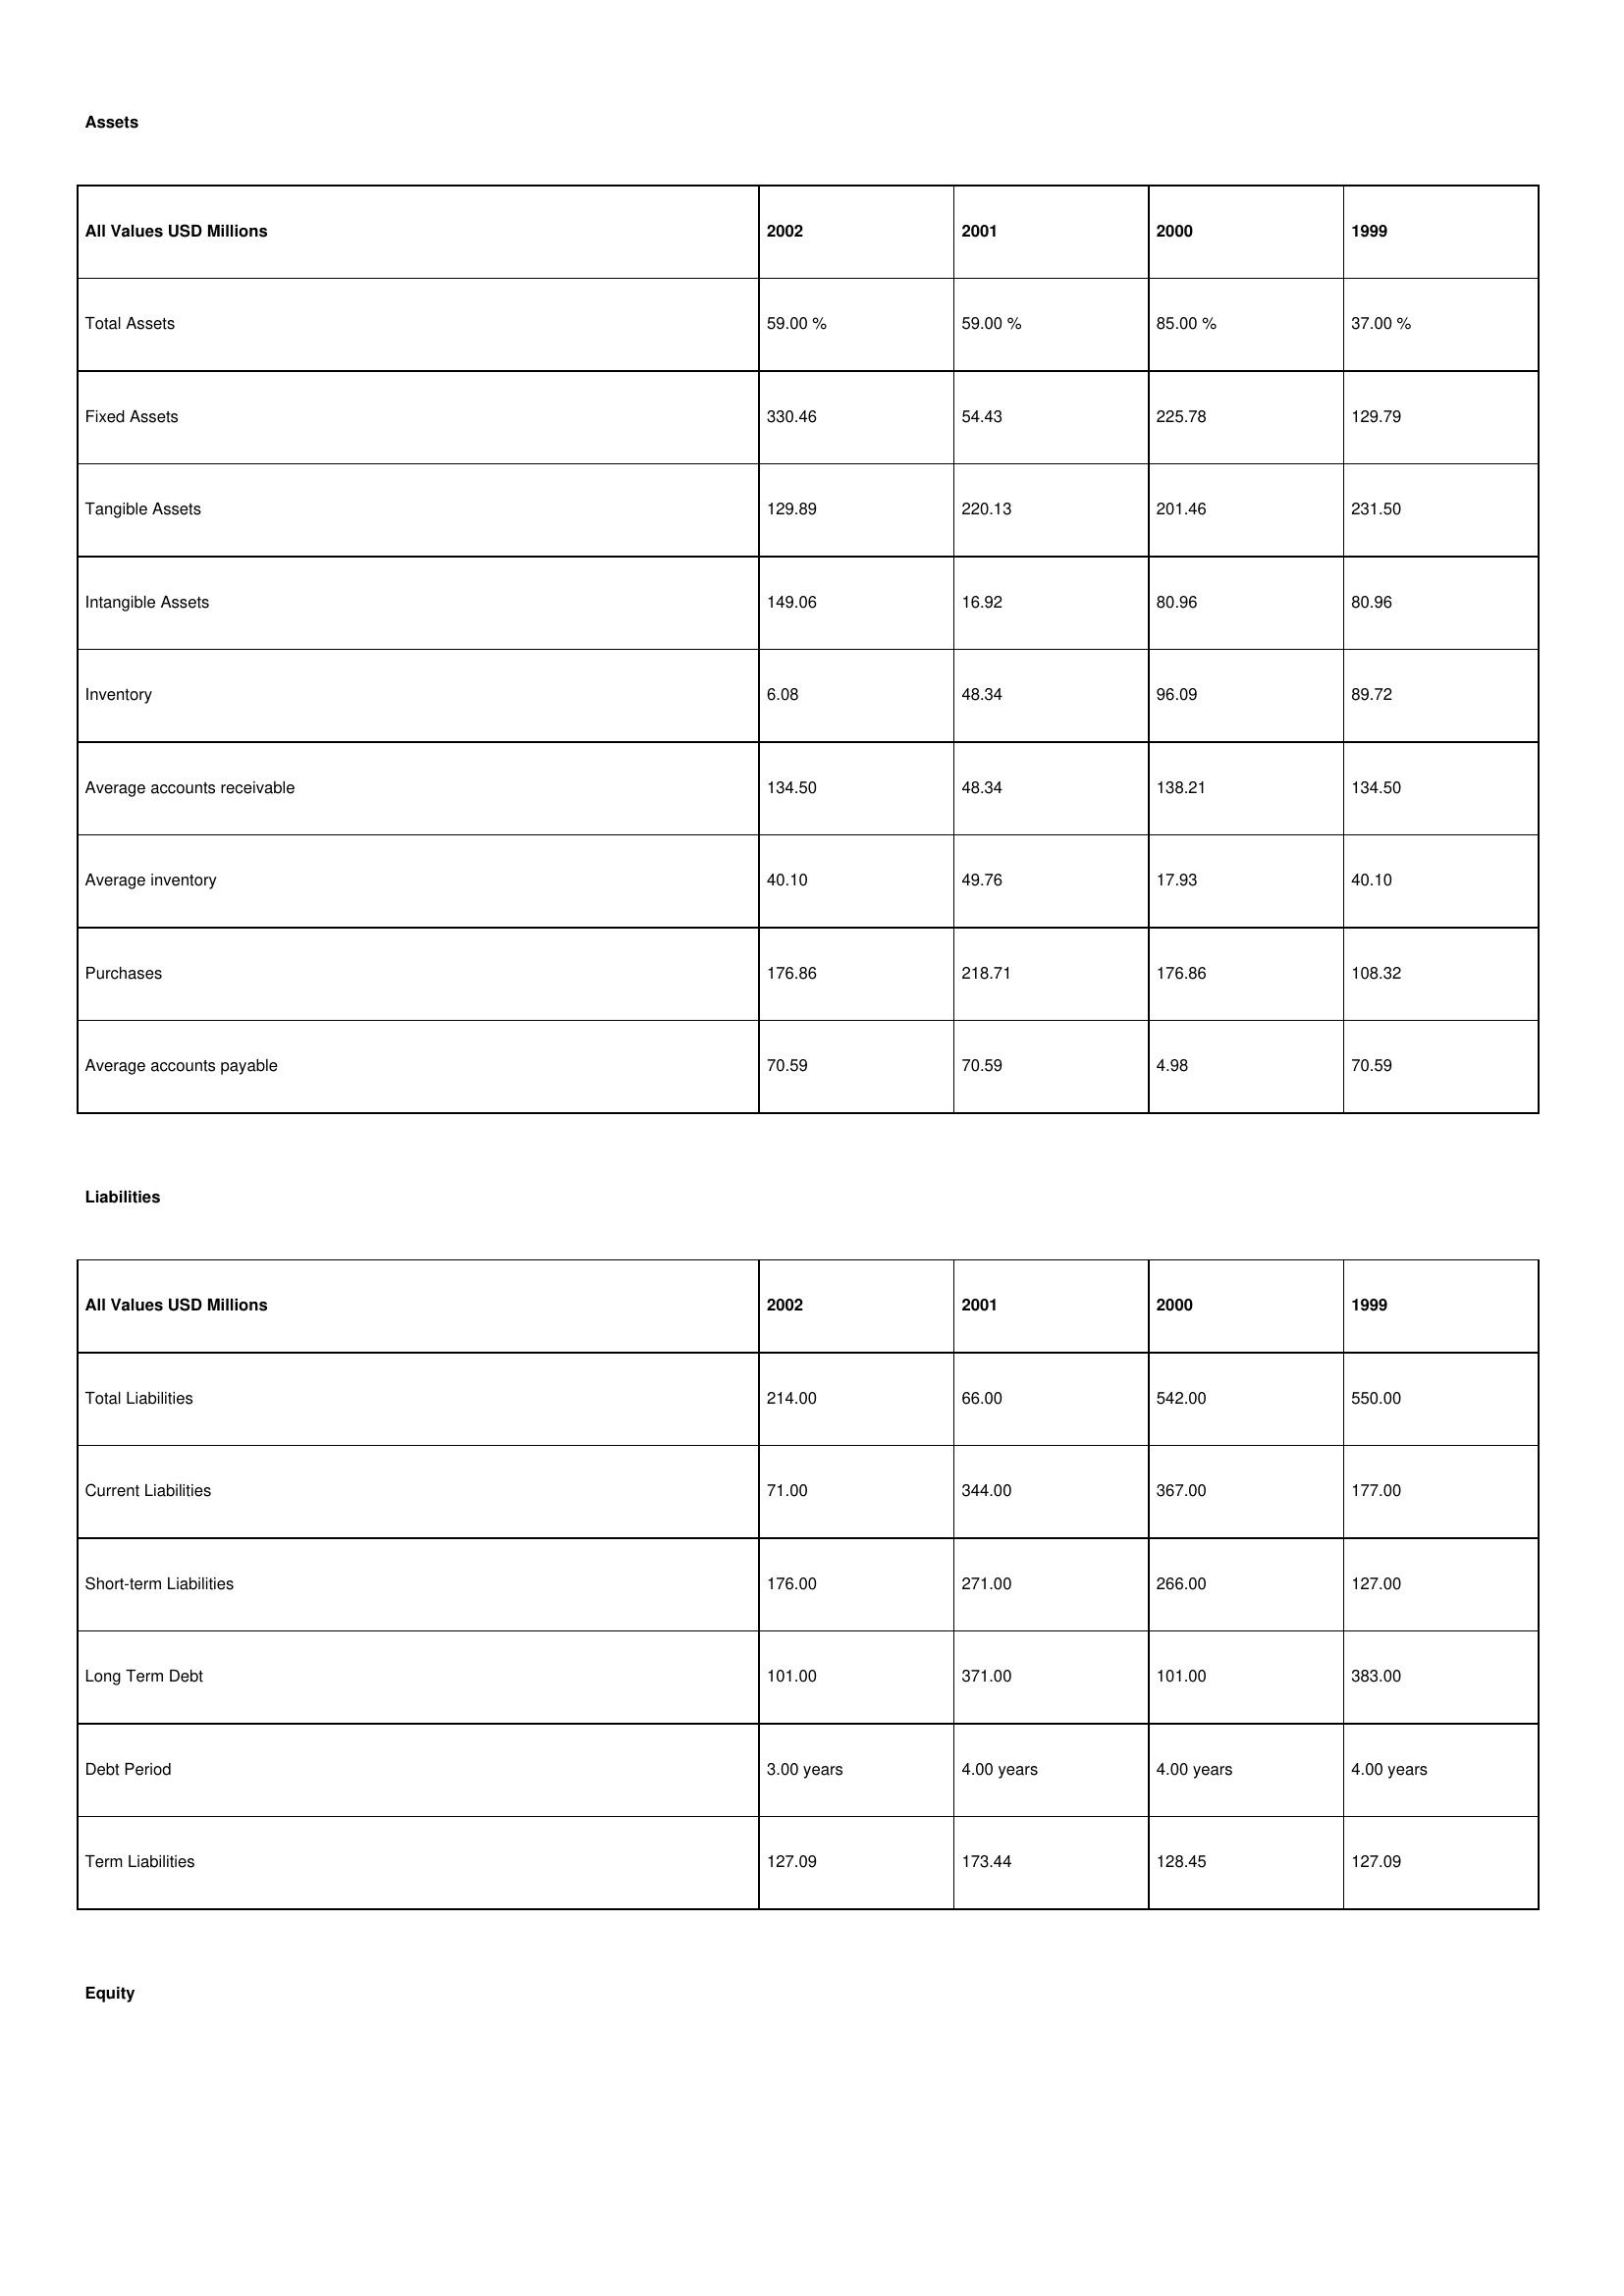
gt_parse: 2002: Assets: Total Assets: 59.00 %
Fixed Assets: 330.46
Tangible Assets: 129.89
Intangible Assets: 149.06
Inventory: 6.08
Average accounts receivable: 134.50
Average inventory: 40.10
Purchases: 176.86
Average accounts payable: 70.59
Liabilities: Total Liabilities: 214.00
Current Liabilities: 71.00
Short-term Liabilities: 176.00
Long Term Debt: 101.00
Debt Period: 3.00 years
Term Liabilities: 127.09
Equity: Common Stock: 145.47
Treasury Stock: 49.11
Other Comprehensive Income: 63.34
Total Equity: 70.00 %
Issued Capital: 232.00
Paid-up Capital: 2.69
Additional Paid-In Capital: 3.63
General Reserves: 78.46
Credit Balance: 28.72
Retained Earnings: 157.74
2001: Assets: Total Assets: 59.00 %
Fixed Assets: 54.43
Tangible Assets: 220.13
Intangible Assets: 16.92
Inventory: 48.34
Average accounts receivable: 48.34
Average inventory: 49.76
Purchases: 218.71
Average accounts payable: 70.59
Liabilities: Total Liabilities: 66.00
Current Liabilities: 344.00
Short-term Liabilities: 271.00
Long Term Debt: 371.00
Debt Period: 4.00 years
Term Liabilities: 173.44
Equity: Common Stock: 192.30
Treasury Stock: 31.85
Other Comprehensive Income: 59.77
Total Equity: 5.00 %
Issued Capital: 20.00
Paid-up Capital: 7.21
Additional Paid-In Capital: 12.44
General Reserves: 185.93
Credit Balance: 3.43
Retained Earnings: 434.79
2000: Assets: Total Assets: 85.00 %
Fixed Assets: 225.78
Tangible Assets: 201.46
Intangible Assets: 80.96
Inventory: 96.09
Average accounts receivable: 138.21
Average inventory: 17.93
Purchases: 176.86
Average accounts payable: 4.98
Liabilities: Total Liabilities: 542.00
Current Liabilities: 367.00
Short-term Liabilities: 266.00
Long Term Debt: 101.00
Debt Period: 4.00 years
Term Liabilities: 128.45
Equity: Common Stock: 253.76
Treasury Stock: 41.82
Other Comprehensive Income: 59.77
Total Equity: 45.00 %
Issued Capital: 30.00
Paid-up Capital: 2.09
Additional Paid-In Capital: 7.71
General Reserves: 46.24
Credit Balance: 23.37
Retained Earnings: 192.64
1999: Assets: Total Assets: 37.00 %
Fixed Assets: 129.79
Tangible Assets: 231.50
Intangible Assets: 80.96
Inventory: 89.72
Average accounts receivable: 134.50
Average inventory: 40.10
Purchases: 108.32
Average accounts payable: 70.59
Liabilities: Total Liabilities: 550.00
Current Liabilities: 177.00
Short-term Liabilities: 127.00
Long Term Debt: 383.00
Debt Period: 4.00 years
Term Liabilities: 127.09
Equity: Common Stock: 19.03
Treasury Stock: 40.76
Other Comprehensive Income: 75.30
Total Equity: 24.00 %
Issued Capital: 115.00
Paid-up Capital: 24.90
Additional Paid-In Capital: 53.65
General Reserves: 48.32
Credit Balance: 41.09
Retained Earnings: 157.74